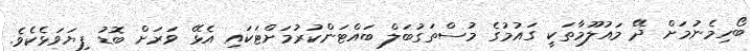
ބޯހިމެނުމަށް ދޭ މައުލޫމާތަކީ ގައުމުގެ މުސްތަގުބަލް ބައްޓަންކުރުމަށްޓަކައި އެޅޭ ވަރަށް ބޮޑު ފިޔަވަޅެކެވެ.